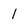
Character: 1